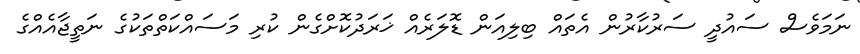
ނަމަވެސް ސައުދީ ސަރުކާރުން އެތައް ބިލިއަން ޑޮލަރެއް ޚަރަދުކޮށްގެން ކުރި މަސައްކަތްތަކުގެ ނަތީޖާއެއްގެ